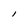
Character: l